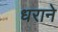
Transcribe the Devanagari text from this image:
धराने